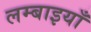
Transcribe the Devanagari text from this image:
लम्बाइयाँ